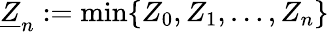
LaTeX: \underline{{Z}}_{n}:=\operatorname*{min}\{ Z_{0},Z_{1},\ldots,Z_{n}\}